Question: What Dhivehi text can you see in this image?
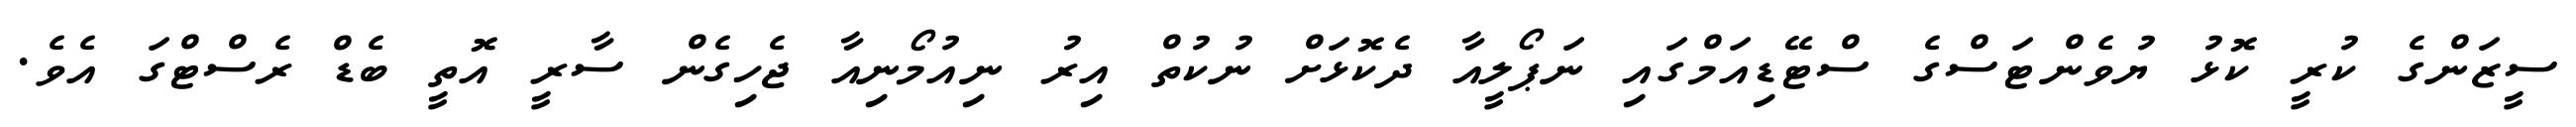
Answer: ސީޒަންގެ ކުރީ ކޮޅު ޔުވެންޓަސްގެ ސްޓޭޑިއަމްގައި ނަޕޯލީއާ ދެކޮޅަށް ނުކުތް އިރު ނިއުމޯނިއާ ޖެހިގެން ސާރީ އޮތީ ބެޑް ރެސްޓްގަ އެވެ.